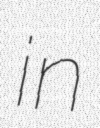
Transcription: in